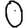
Digit: 0